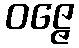
ဝဇ္ဇေ